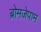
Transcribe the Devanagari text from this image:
ब्रोमजेपाम